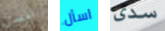
انسان اسأل سدى